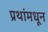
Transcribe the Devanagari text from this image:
प्रथांमधून